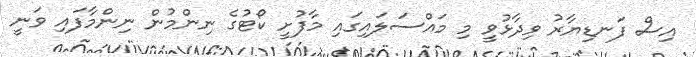
އިސް ފަނޑިޔާރު ވިދާޅުވީ މި މައްސަލައިގައި މާފުށީ ކޯޓުގެ ނިންމުން ނިންމާފައި ވަނީ